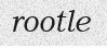
rootle